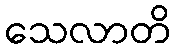
သေလာတိ